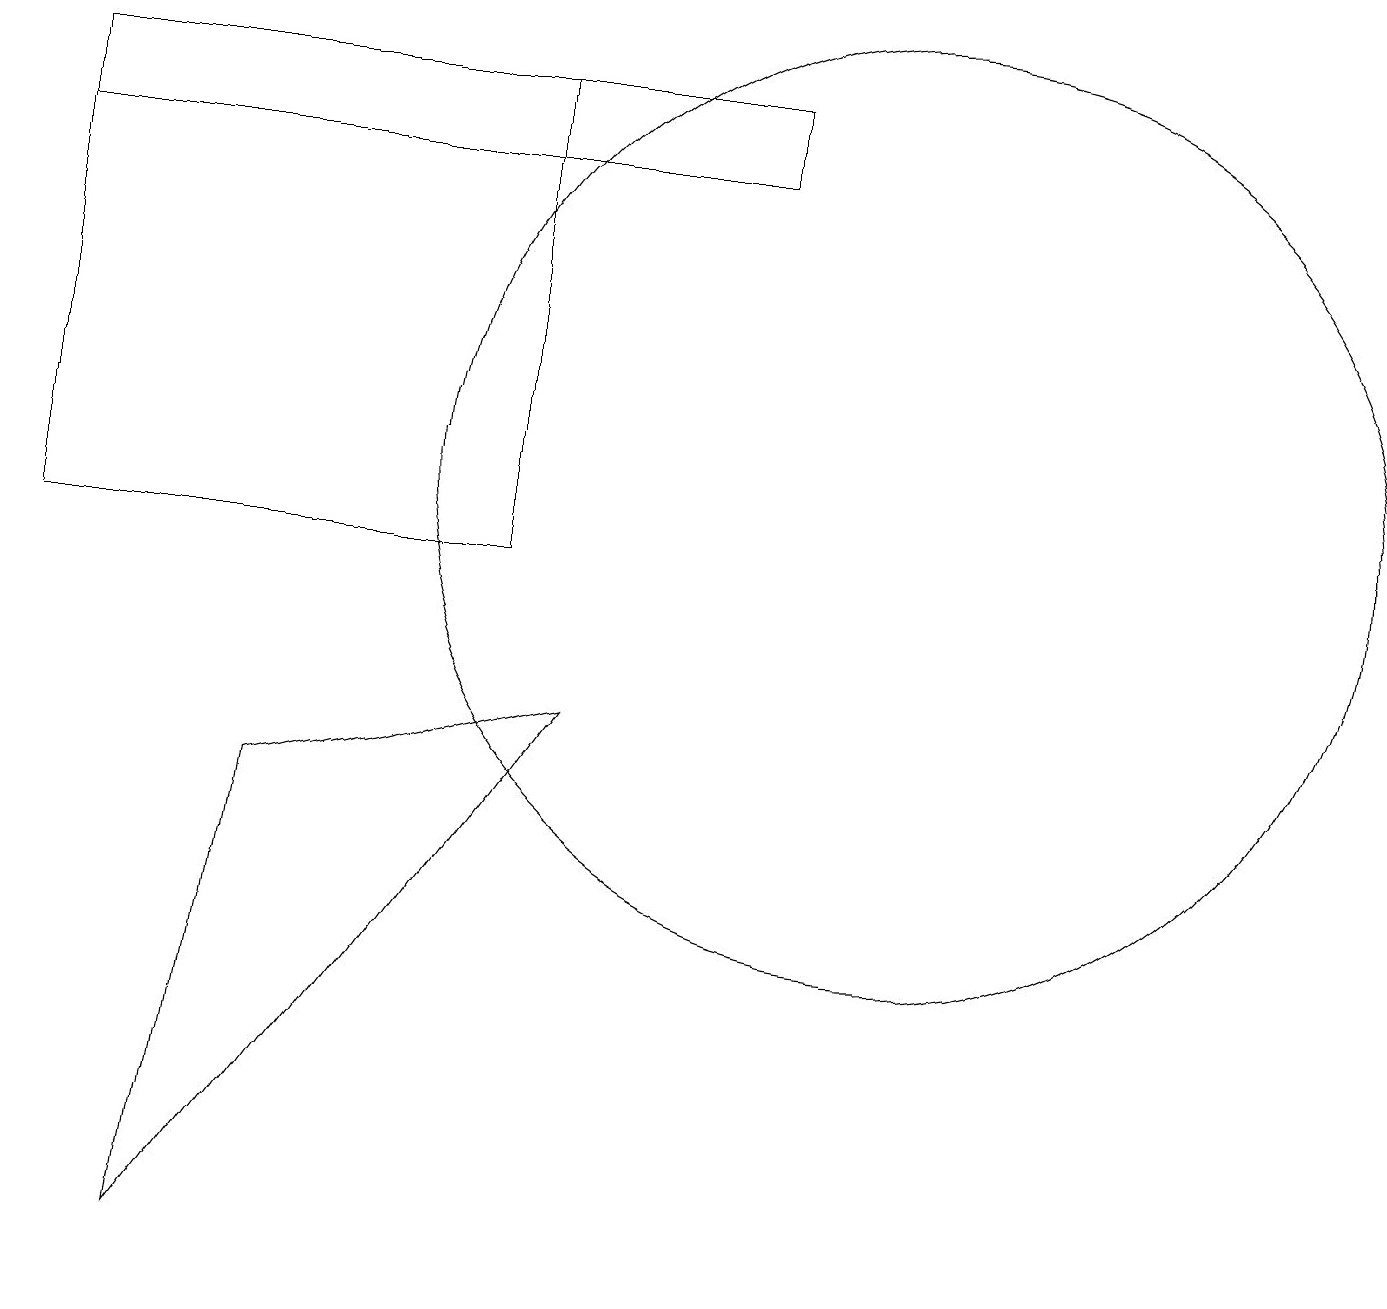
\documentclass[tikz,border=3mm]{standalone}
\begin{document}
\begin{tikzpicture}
\draw (0,16) rectangle (9,15);
\draw (6,16) rectangle (0,10);
\draw (2,1) -- (3,7) -- (7,8) -- cycle;
\draw (11,11) circle (6);
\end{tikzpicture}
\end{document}